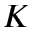
K